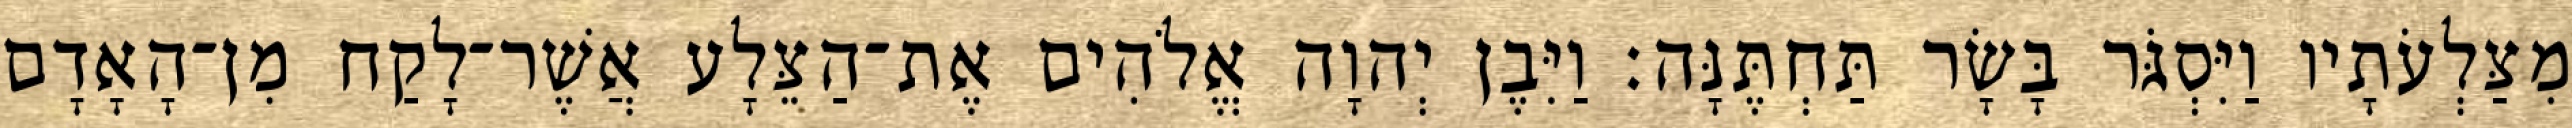
מִצַּלְעֹתָיו וַיִּסְגֹּר בָּשָׂר תַּחְתֶּנָּה׃ וַיִּבֶן יְהוָה אֱלֹהִים אֶת־הַצֵּלָע אֲשֶׁר־לָקַח מִן־הָאָדָם